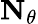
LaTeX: \mathbf{N}_{\theta}